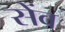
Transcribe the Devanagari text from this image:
सेंव